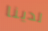
لدينا